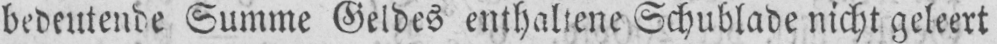
bedeutende Summe Geldes enthaltene Schublade nicht geleert